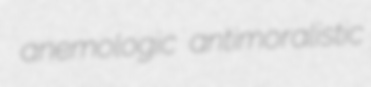
anemologic antimoralistic